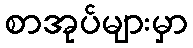
စာအုပ်များမှာ